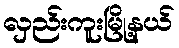
လှည်းကူးမြို့နယ်